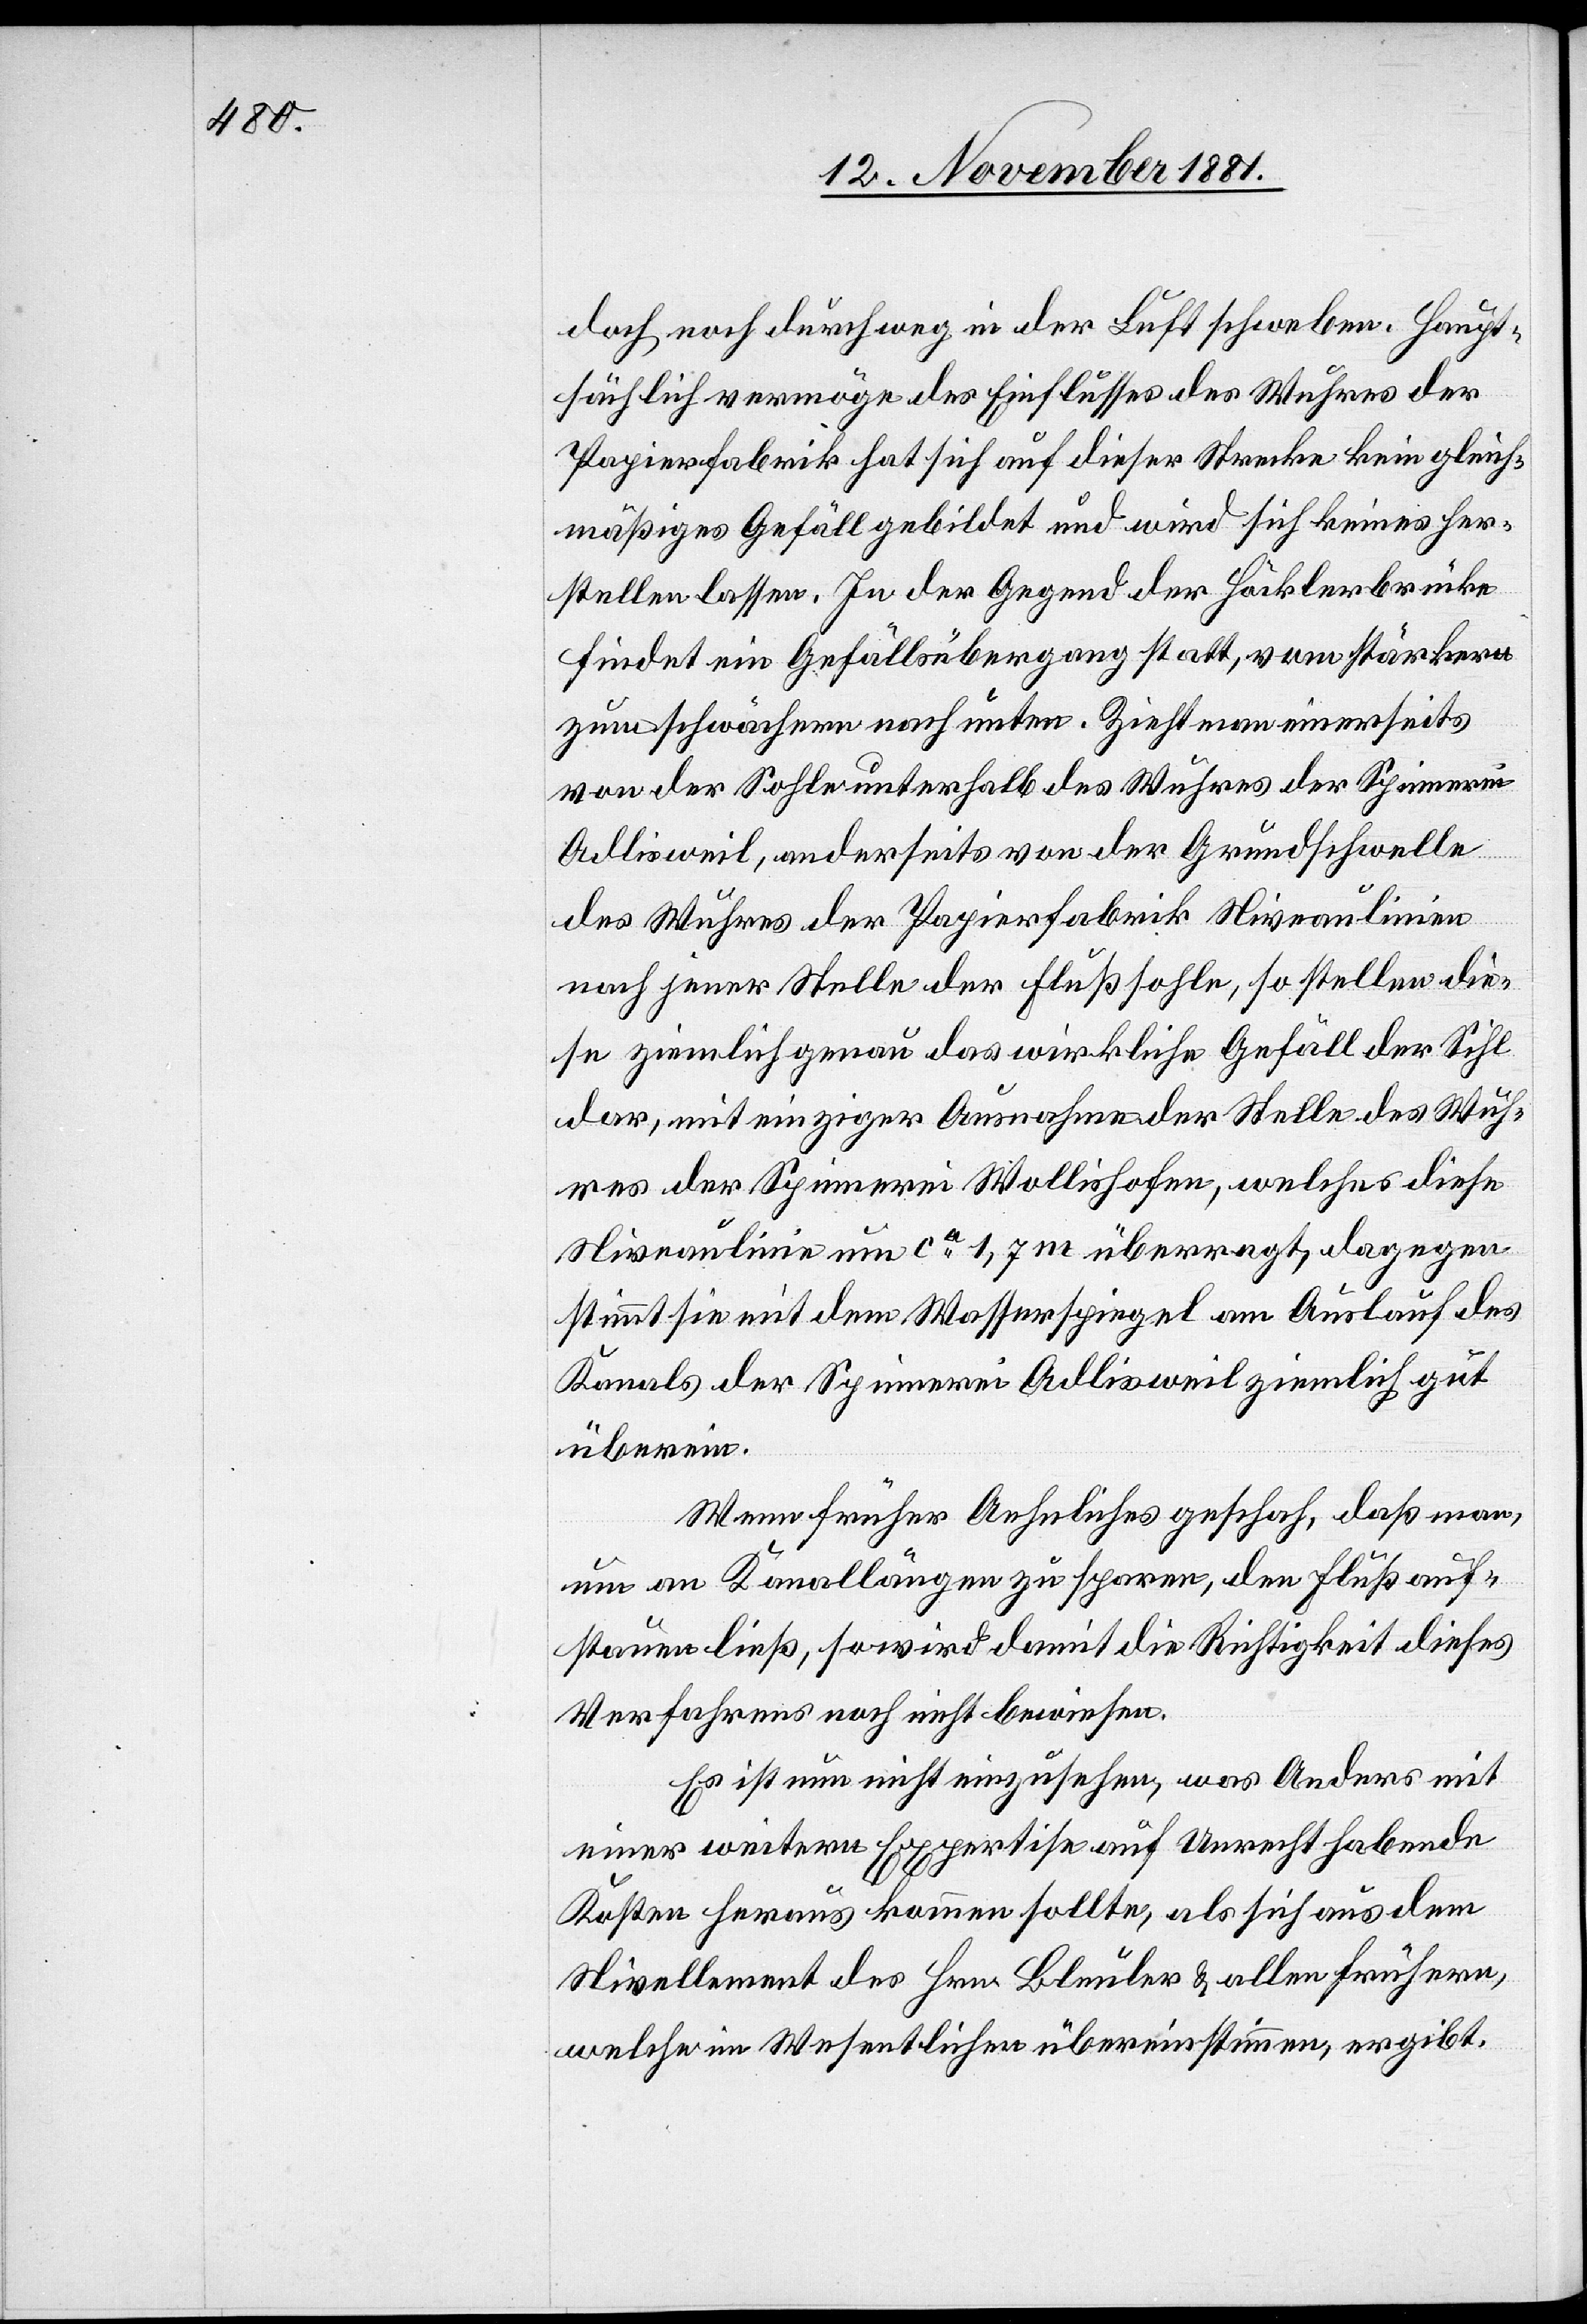
doch noch durchweg in der Luft schweben. Haupt¬
sächlich vermöge des Einflusses des Wuhres der
Papierfabrik hat sich auf dieser Strecke kein gleich¬
mäßiges Gefäll gebildet und wird sich keines her¬
stellen lassen. In der Gegend der Häcklerbrücke
findet ein Gefällsübergang statt, vom stärkern
zum schwächern nach unten. Zieht man einerseits
von der Sohle unterhalb des Wuhres der Spinnerei
Adlisweil, anderseits von der Grundschwelle
des Wuhres der Papierfabrik Niveaulinien
nach jener Stelle der Flußsohle, so stellen die¬
se ziemlich genau das wirkliche Gefäll der Sihl
dar, mit einziger Ausnahme der Stelle des Wuh¬
res der Spinnerei Wollishofen, welches diese
Niveaulinie um ca 1,7m überragt, dagegen
stimmt sie mit dem Wasserspiegel am Auslauf des
Kanals der Spinnerei Adlisweil ziemlich gut
überein.
Wenn früher Aehnliches geschah, daß man,
um an Kanallänge zu sparen, den Fluß auf¬
stauen ließ, so wird damit die Richtigkeit dieses
Verfahrens noch nicht bewiesen.
Es ist nun nicht einzusehen, was Anders mit
einer weitern Expertise auf Unrecht habende
Kosten heraus kommen sollte, als sich aus dem
Nivellement des Hrn Bleuler & allen frühern,
welche im Wesentlichen übereinstimmen, ergibt.